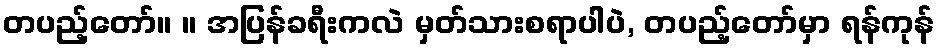
တပည့်တော်။ ။ အပြန်ခရီးကလဲ မှတ်သားစရာပါပဲ, တပည့်တော်မှာ ရန်ကုန်